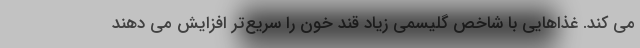
می کند. غذاهایی با شاخص گلیسمی زیاد قند خون را سریع‌تر افزایش می دهند